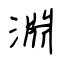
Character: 淵